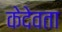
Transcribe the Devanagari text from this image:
केदेवता